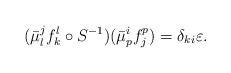
LaTeX: \begin{align*}(\bar{\mu}^j_lf^l_k\circ S^{-1})(\bar{\mu}^{i}_pf^p_j)=\delta_{ki}\varepsilon.\end{align*}